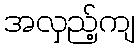
အလှည့်ကျ